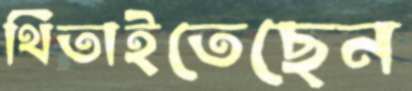
থিতাইতেছেন